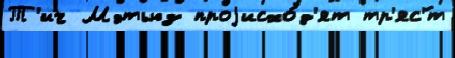
Т'ич Мэтьюз проjисхо́д'ят тр'яс'́т